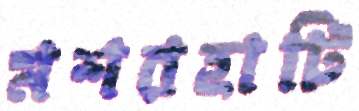
মশরহাটি